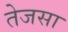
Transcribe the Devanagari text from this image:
तेजसा